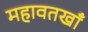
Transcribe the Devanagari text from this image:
महावतखाँ